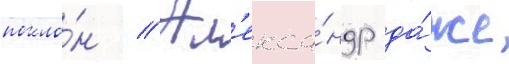
покло́н // Ал'екса́ндр да́же